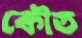
কৌত